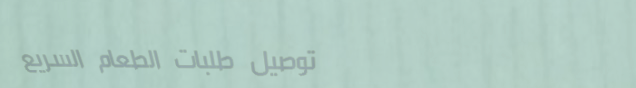
توصيل طلبات الطعام السريع